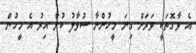
އެ ވާގޮތަކީ ވަރަށް ގިނަ މީހުންނާ ސުވާލު ކުރާ އިރު އެ މީހުން